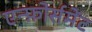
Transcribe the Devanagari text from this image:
एन्फ़ोर्समेंट